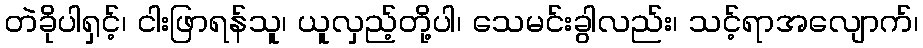
တဲခိုပါရှင့်၊ ငါးဖြာရန်သူ၊ ယူလှည့်တို့ပါ၊ သေမင်းခွါလည်း၊ သင့်ရာအလျောက်၊